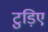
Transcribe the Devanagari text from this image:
टुड़िए